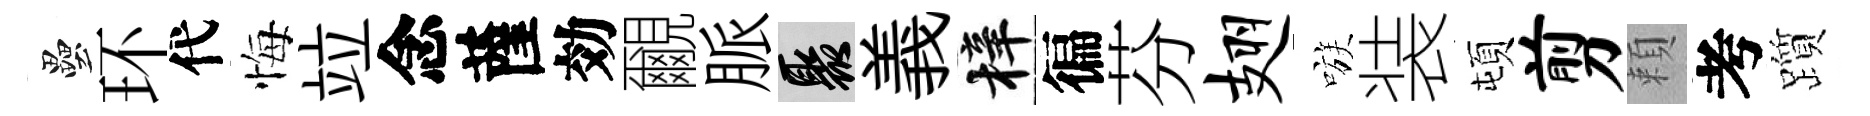
壘环代悔竝念薩効覼脈聚義梓徧芬翅嗾装頓剪頼考躓